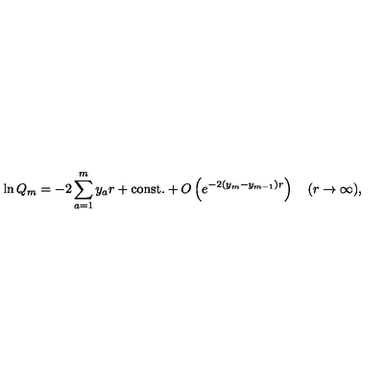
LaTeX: \ln Q _ { m } = - 2 \sum _ { a = 1 } ^ { m } y _ { a } r + \mathrm { c o n s t . } + O \left( e ^ { - 2 ( y _ { m } - y _ { m - 1 } ) r } \right) \quad ( r \to \infty ) ,